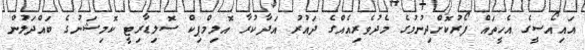
އައިއޯސީގެ އެހީތައް ފޯރުކޮށްދިނުމުގެ މެދުވެރިއެއްގެ ދައުރު އަދާކުރާ އޮލިމްޕިކް ސޮލިޑާރިޓީ ކޮމިޝަނުގެ ބައްދަލުުން